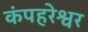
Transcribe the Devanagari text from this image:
कंपहरेश्वर